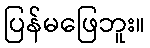
ပြန်မဖြေဘူး။